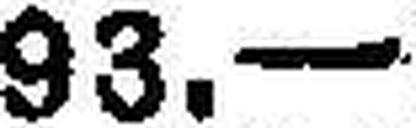
93.—